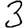
Digit: 3